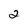
Character: 2